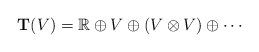
LaTeX: \begin{align*}\mathbf{T} (V)=\mathbb{R} \oplus V \oplus (V \otimes V) \oplus\cdots\end{align*}